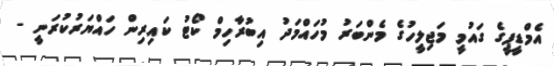
އެމްޑީޕީގެ ގައުމީ މަޖިލީހުގެ މެންބަރު މުހައްމަދު އިބުރާހިމް ކޯޓު ކައިރިން ހައްޔަރުކުރަނީ -